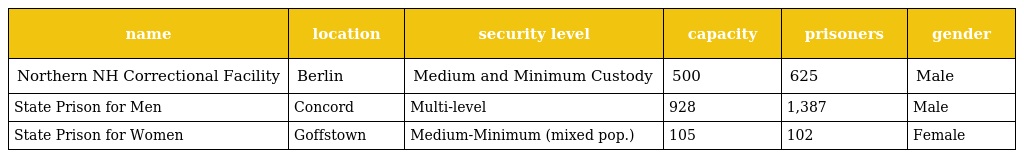
| name | location | security level | capacity | prisoners | gender |
 | --- | --- | --- | --- | --- | --- |
 | Northern NH Correctional Facility | Berlin | Medium and Minimum Custody | 500 | 625 | Male |
 | State Prison for Men | Concord | Multi-level | 928 | 1,387 | Male |
 | State Prison for Women | Goffstown | Medium-Minimum (mixed pop.) | 105 | 102 | Female |